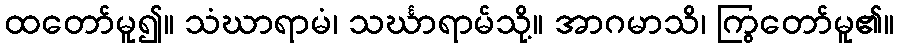
ထတော်မူ၍။ သံဃာရာမံ၊ သင်္ဃာရာမ်သို့။ အာဂမာသိ၊ ကြွတော်မူ၏။